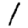
Digit: 1